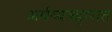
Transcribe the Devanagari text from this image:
अर्थव्यवहारात